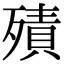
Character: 㱴